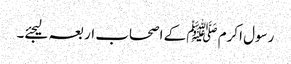
رسول اکرم ﷺ کے اصحاب اربعہ لیجئے۔